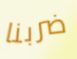
ضربنا